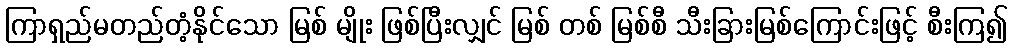
ကြာရှည်မတည်တံ့နိုင်သော မြစ် မျိုး ဖြစ်ပြီးလျှင် မြစ် တစ် မြစ်စီ သီးခြားမြစ်ကြောင်းဖြင့် စီးကြ၍